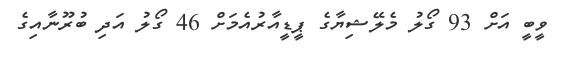
ވީބީ އަށް 93 ގޯލު މެލޭޝިޔާގެ ޕީޑީއާރުއެމަށް 46 ގޯލު އަދި ބުރޫނާއިގެ